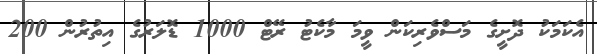
އެކަމަކު ދޮށީގެ މަސްވެރިކަން ވީމަ މާކެޓު ރޭޓް 1000 ޑޮލަރުގެ އިތުރުން 200